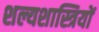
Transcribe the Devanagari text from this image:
शल्यशास्त्रियों